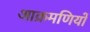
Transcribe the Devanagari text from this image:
आक्रमणियों